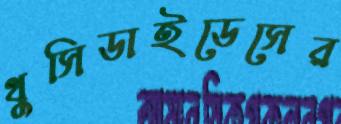
থুসিডাইডেসের